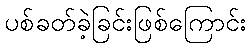
ပစ်ခတ်ခဲ့ခြင်းဖြစ်ကြောင်း